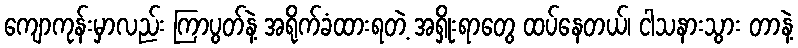
ကျောကုန်းမှာလည်း ကြာပွတ်နဲ့ အရိုက်ခံထားရတဲ့ အရှိုးရာတွေ ထပ်နေတယ်၊ ငါသနားသွား တာနဲ့